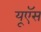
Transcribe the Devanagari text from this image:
यूऍस